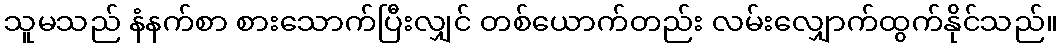
သူမသည် နံနက်စာ စားသောက်ပြီးလျှင် တစ်ယောက်တည်း လမ်းလျှောက်ထွက်နိုင်သည်။